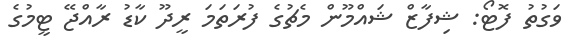
ވަގުތު ފޮޓޯ: ޝިފާޒް ޝައްމޫން މެޗުގެ ފުރަތަމަ ރީދޫ ކާޑު ރާއްޖޭ ޓީމުގެ